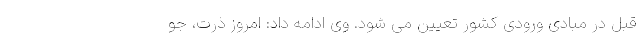
قبل در مبادی ورودی کشور تعیین می شود. وی ادامه داد: امروز ذرت، جو